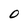
Character: O